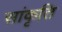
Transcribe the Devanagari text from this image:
सांकृति